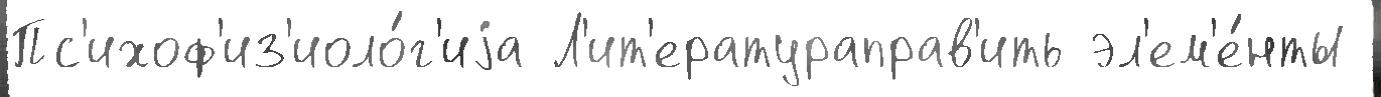
Пс'ихоф'из'иоло́г'иjа Л'ит'ератураправ'ить эл'ем'е́нты